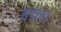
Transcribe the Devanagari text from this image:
बंडल।